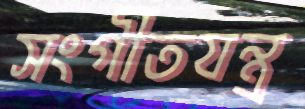
সংগীতযন্ত্র